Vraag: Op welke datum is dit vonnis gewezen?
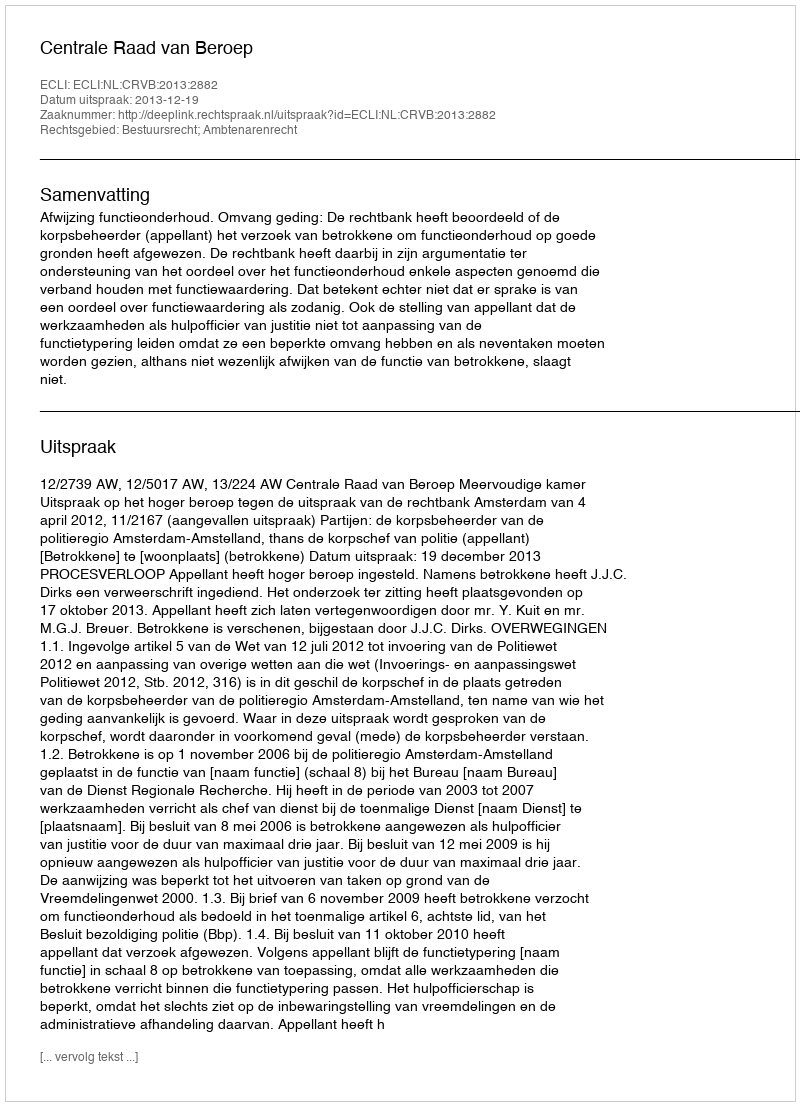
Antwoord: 2013-12-19